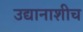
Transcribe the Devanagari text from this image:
उद्यानाशीच